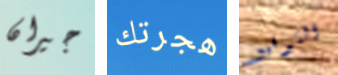
جيران هجرتك التوقيع